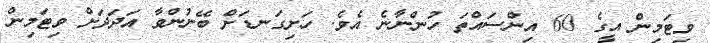
ވިޓަމިން އީގެ 60 އިންސައްތަ ހުންނާނެ އެވެ. ހަށިގަނޑަށް ބޭނުންވާ އަދަދަށް ވިޓަމިން